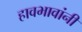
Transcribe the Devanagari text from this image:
हावभावांनीं